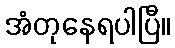
အံတုနေရပါပြီ။